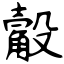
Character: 觳